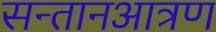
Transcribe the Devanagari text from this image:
सन्तानआत्रण